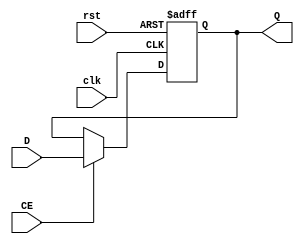
`timescale 1ns / 1ps
//////////////////////////////////////////////////////////////////////////////////
// Company: 
// Engineer: 
// 
// Design Name: 
// Module Name:    REG32 
// Project Name: 
// Target Devices: 
// Tool versions: 
// Description: 
//
// Dependencies: 
//
// Revision: 
// Revision 0.01 - File Created
// Additional Comments: 
//
//////////////////////////////////////////////////////////////////////////////////
module REG32(
    input clk,
    input rst,
    input CE,
    input [31:0] D,
    output reg [31:0] Q
    );
    
    always@(posedge clk or posedge rst) begin
        if(rst) Q <= 0;
        else if(CE) Q <= D;
    end

endmodule